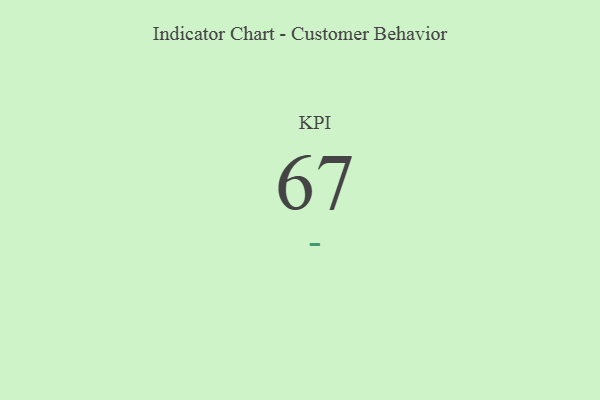
{"axis": {"x": "KPI", "y": "Value"}, "legend": [""], "data": [{"x": "KPI", "y": 67, "type": ""}]}